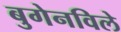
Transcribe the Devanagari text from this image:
बुगेनविले